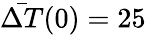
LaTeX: \bar{\Delta{T}}(0)=25